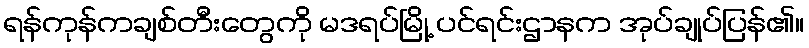
ရန်ကုန်ကချစ်တီးတွေကို မဒရပ်မြို့ ပင်ရင်းဌာနက အုပ်ချုပ်ပြန်၏။